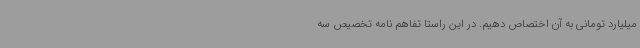
میلیارد تومانی به آن اختصاص دهیم. در این راستا تفاهم نامه تخصیص سه